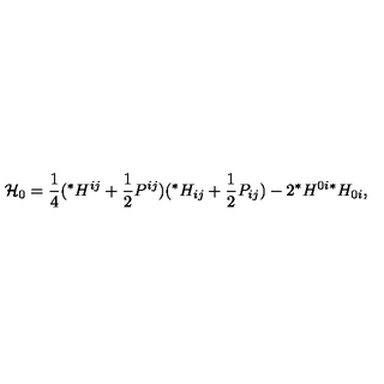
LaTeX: { \cal { H } } _ { 0 } = \frac { 1 } { 4 } ( { } ^ { * } H ^ { i j } + \frac { 1 } { 2 } P ^ { i j } ) ( { } ^ { * } H _ { i j } + \frac { 1 } { 2 } P _ { i j } ) - 2 { } ^ { * } H ^ { 0 i } { } ^ { * } H _ { 0 i } ,